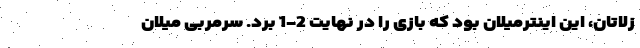
زلاتان، این اینترمیلان بود که بازی را در نهایت 2-1 بُرد. سرمربی میلان